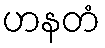
ဟနတံ